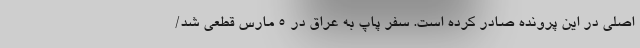
اصلی در این پرونده صادر کرده است. سفر پاپ به عراق در ۵ مارس قطعی شد/